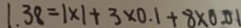
1 . 3 8 = 1 \times 1 + 3 \times 0 . 1 + 8 \times 0 . 0 1